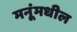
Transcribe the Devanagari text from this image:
मनूंमधील